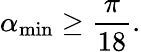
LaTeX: \alpha_{\mathrm{min}}\geq\frac{\pi}{18}.